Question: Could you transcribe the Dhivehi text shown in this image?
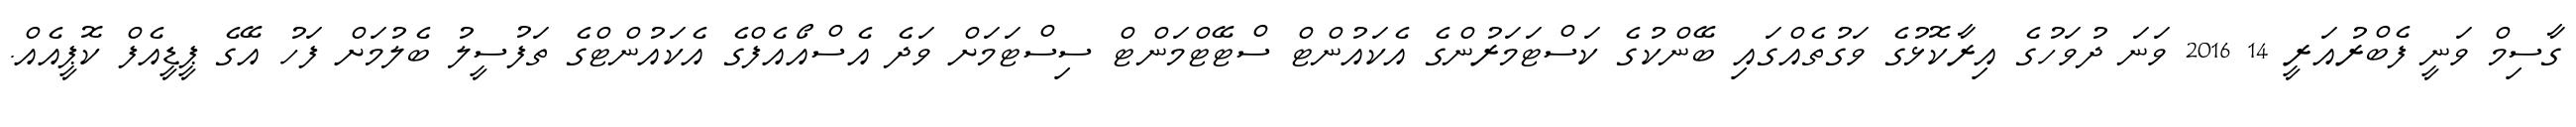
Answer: ގާސިމް ވަނީ ފެބްރުއަރީ 14 2016 ވަނަ ދުވަހުގެ އިރާކޮޅުގެ ވަގުތެއްގައި ބޭންކުގެ ކަސްޓަމަރުންގެ އެކައުންޓް ސްޓޭޓްމަންޓް ސިސްޓަމަށް ވަދެ އެސްއޯއެފްގެ އެކައުންޓްގެ ތަފުސީލު ބެލުމަށް ފަހު އޭގެ ޕީޑީއެފް ކޮޕީއެއް.